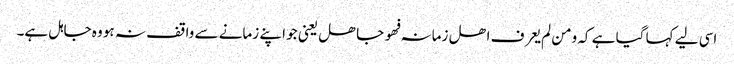
اسی لیے کہا گیا ہے کہ ومن لم یعرف اھل زمانہ فھو جاھل یعنی جو اپنے زمانے سے واقف نہ ہو وہ جاہل ہے۔